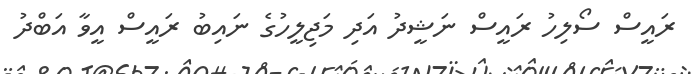
ރައީސް ސޯލިހު ރައީސް ނަޝީދު އަދި މަޖިލީހުގެ ނައިބު ރައީސް އީވާ އަބްދު